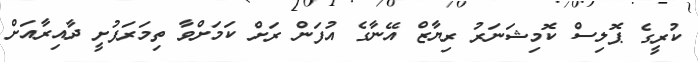
ކުރީގެ ޕޮލިސް ކޮމިޝަނަރު ރިޔާޒް އޭނާގެ އުފަން ރަށް ކަމަށްވާ ތިމަރަފުށީ ދާއިރާއަށް